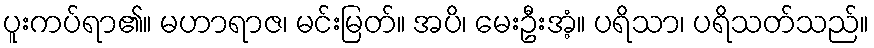
ပူးကပ်ရာ၏။ မဟာရာဇ၊ မင်းမြတ်။ အပိ၊ မေးဦးအံ့။ ပရိသာ၊ ပရိသတ်သည်။